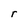
Character: r